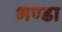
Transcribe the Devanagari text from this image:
भण्डा